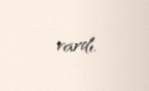
vardı.